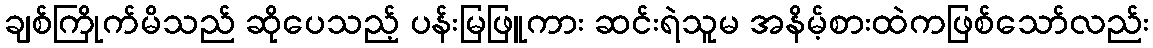
ချစ်ကြိုက်မိသည် ဆိုပေသည့် ပန်းမြဖြူကား ဆင်းရဲသူမ အနိမ့်စားထဲကဖြစ်သော်လည်း